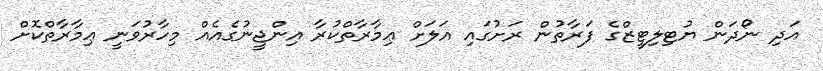
އަދި ނޯދަން ޔުޓިލިޓީޒްގެ ފަރާތުން ރަށުގައި އަލަށް ޢިމާރާތްކުރާ އިންޖީނުގެއެއް މިހާރުވަނީ ޢިމާރާތްކޮށް